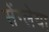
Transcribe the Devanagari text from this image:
सेंग्लेया